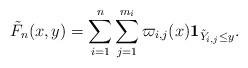
LaTeX: \begin{align*} \tilde{F}_n(x,y) = \sum^{n}_{i=1}\sum^{m_i}_{j=1} \varpi_{i,j}(x)\mathbf{1}_{\tilde{Y}_{i,j}\le y}.\end{align*}